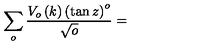
\sum _ { o } \frac { V _ { o } \left( k \right) \left( \tan z \right) ^ { o } } { \sqrt { o } } =